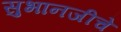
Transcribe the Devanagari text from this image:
सुभानजीचे